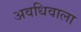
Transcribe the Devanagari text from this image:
अवधिवाला